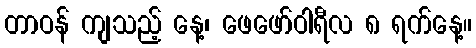
တာဝန် ကျသည့် နေ့၊ ဖေဖော်ဝါရီလ ၈ ရက်နေ့။